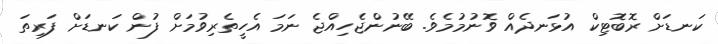
ކަނޑަށް ރޮބޮޓިކްް އުޅަނދެއް ވޮނުމުމެވެ. ބޭނުންޖެހިއްޖެ ނަމަ އެހީތެރިވުމަށް ފުން ކަނޑަށް ފަރިތަ